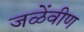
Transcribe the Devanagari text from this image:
जळेंवीण